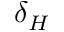
\delta _ { H }